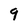
Character: 9